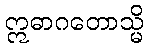
ဣဓာဂတောသ္မိ